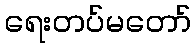
ရေးတပ်မတော်